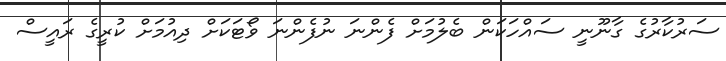
ސަރުކާރުގެ ގާނޫނީ ސައްހަކަން ބެލުމަށް ފެންނަ ނުފެންނަ ވޯޓަކަށް ދިއުމަށް ކުރީގެ ރައީސް